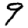
Digit: 9